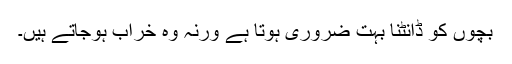
بچوں کو ڈانٹنا بہت ضروری ہوتا ہے ورنہ وہ خراب ہوجاتے ہیں۔